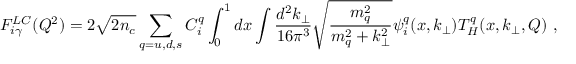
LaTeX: F _ { i \gamma } ^ { L C } ( Q ^ { 2 } ) = 2 \sqrt { 2 n _ { c } } \sum _ { q = u , d , s } C _ { i } ^ { q } \int _ { 0 } ^ { 1 } d x \int \frac { d ^ { 2 } k _ { \perp } } { 1 6 \pi ^ { 3 } } \sqrt { \frac { m _ { q } ^ { 2 } } { m _ { q } ^ { 2 } + k _ { \perp } ^ { 2 } } } \psi _ { i } ^ { q } ( x , k _ { \perp } ) T _ { H } ^ { q } ( x , k _ { \perp } , Q ) \ ,